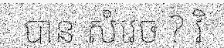
បាន សំរេច ? វិ